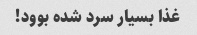
غذا بسیار سرد شده بوود!